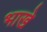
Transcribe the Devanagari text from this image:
भाखे